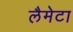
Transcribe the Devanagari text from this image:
लैमेटा